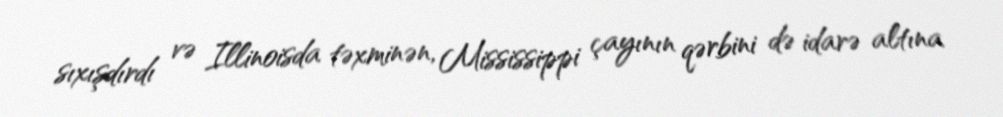
sıxışdırdı və Illinoisda təxminən, Mississippi çayının qərbini də idarə altına